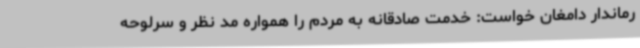
رماندار دامغان خواست: خدمت صادقانه به مردم را همواره مد نظر و سرلوحه